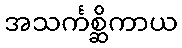
အသင်္ကစ္ဆိကာယ